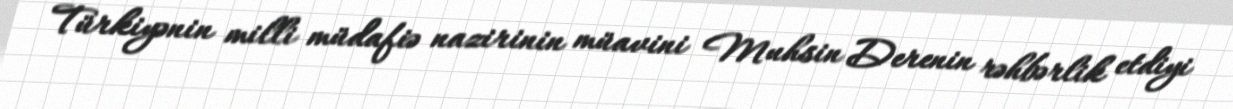
Türkiyənin milli müdafiə nazirinin müavini Muhsin Derenin rəhbərlik etdiyi